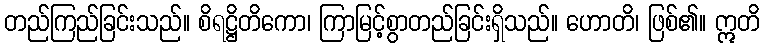
တည်ကြည်ခြင်းသည်။ စိရဋ္ဌိတိကော၊ ကြာမြင့်စွာတည်ခြင်းရှိသည်။ ဟောတိ၊ ဖြစ်၏။ ဣတိ